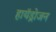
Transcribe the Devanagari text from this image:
हायॅड्रोजन